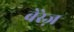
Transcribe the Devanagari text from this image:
बेरेज़